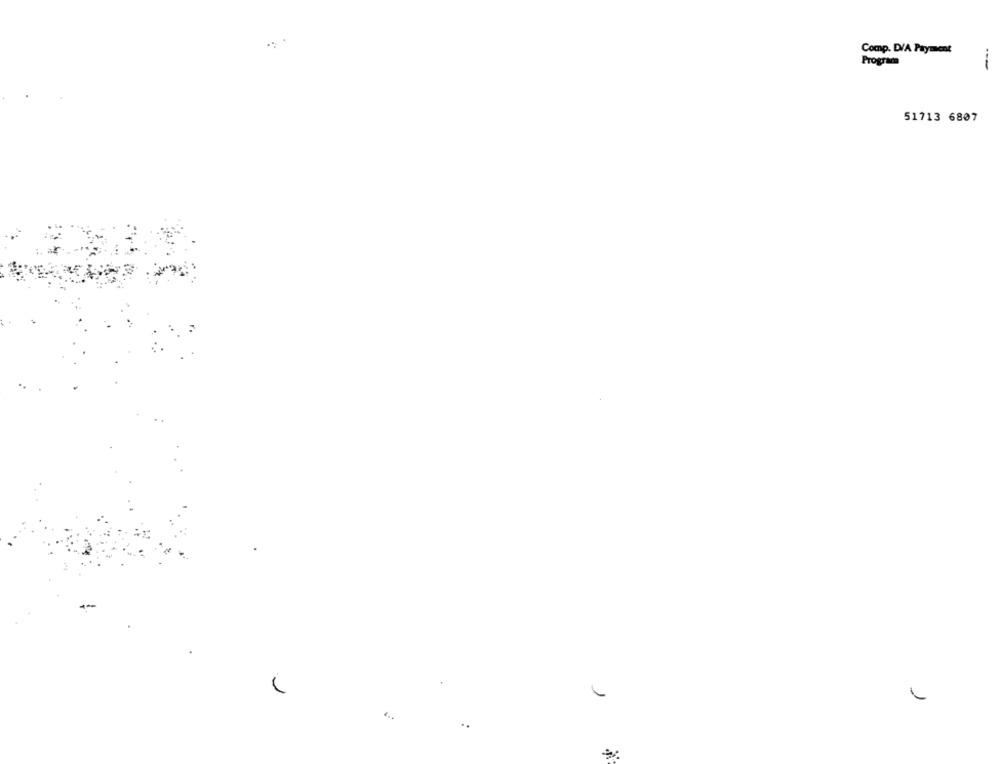
Comp. DVA Payment
Program
--
51713 6807